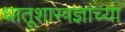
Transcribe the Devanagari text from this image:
धातूशास्त्रज्ञांच्या